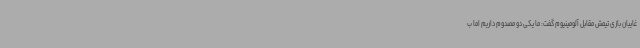
غایبان بازی تیمش مقابل آلومینیوم گفت: ما یکی دو مصدوم داریم اما ب